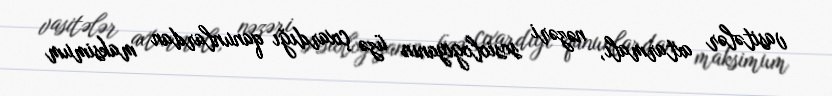
vasitələr axtarmalı, nəzəri sosiologiyanın üzə çıxardığı qanunlardan maksimum